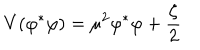
V ( \varphi ^ { \ast } \varphi ) = \mu ^ { 2 } \varphi ^ { \ast } \varphi + \frac { \zeta } { 2 }